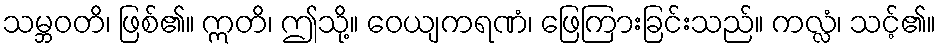
သမ္ဘဝတိ၊ ဖြစ်၏။ ဣတိ၊ ဤသို့။ ဝေယျကရဏံ၊ ဖြေကြားခြင်းသည်။ ကလ္လံ၊ သင့်၏။